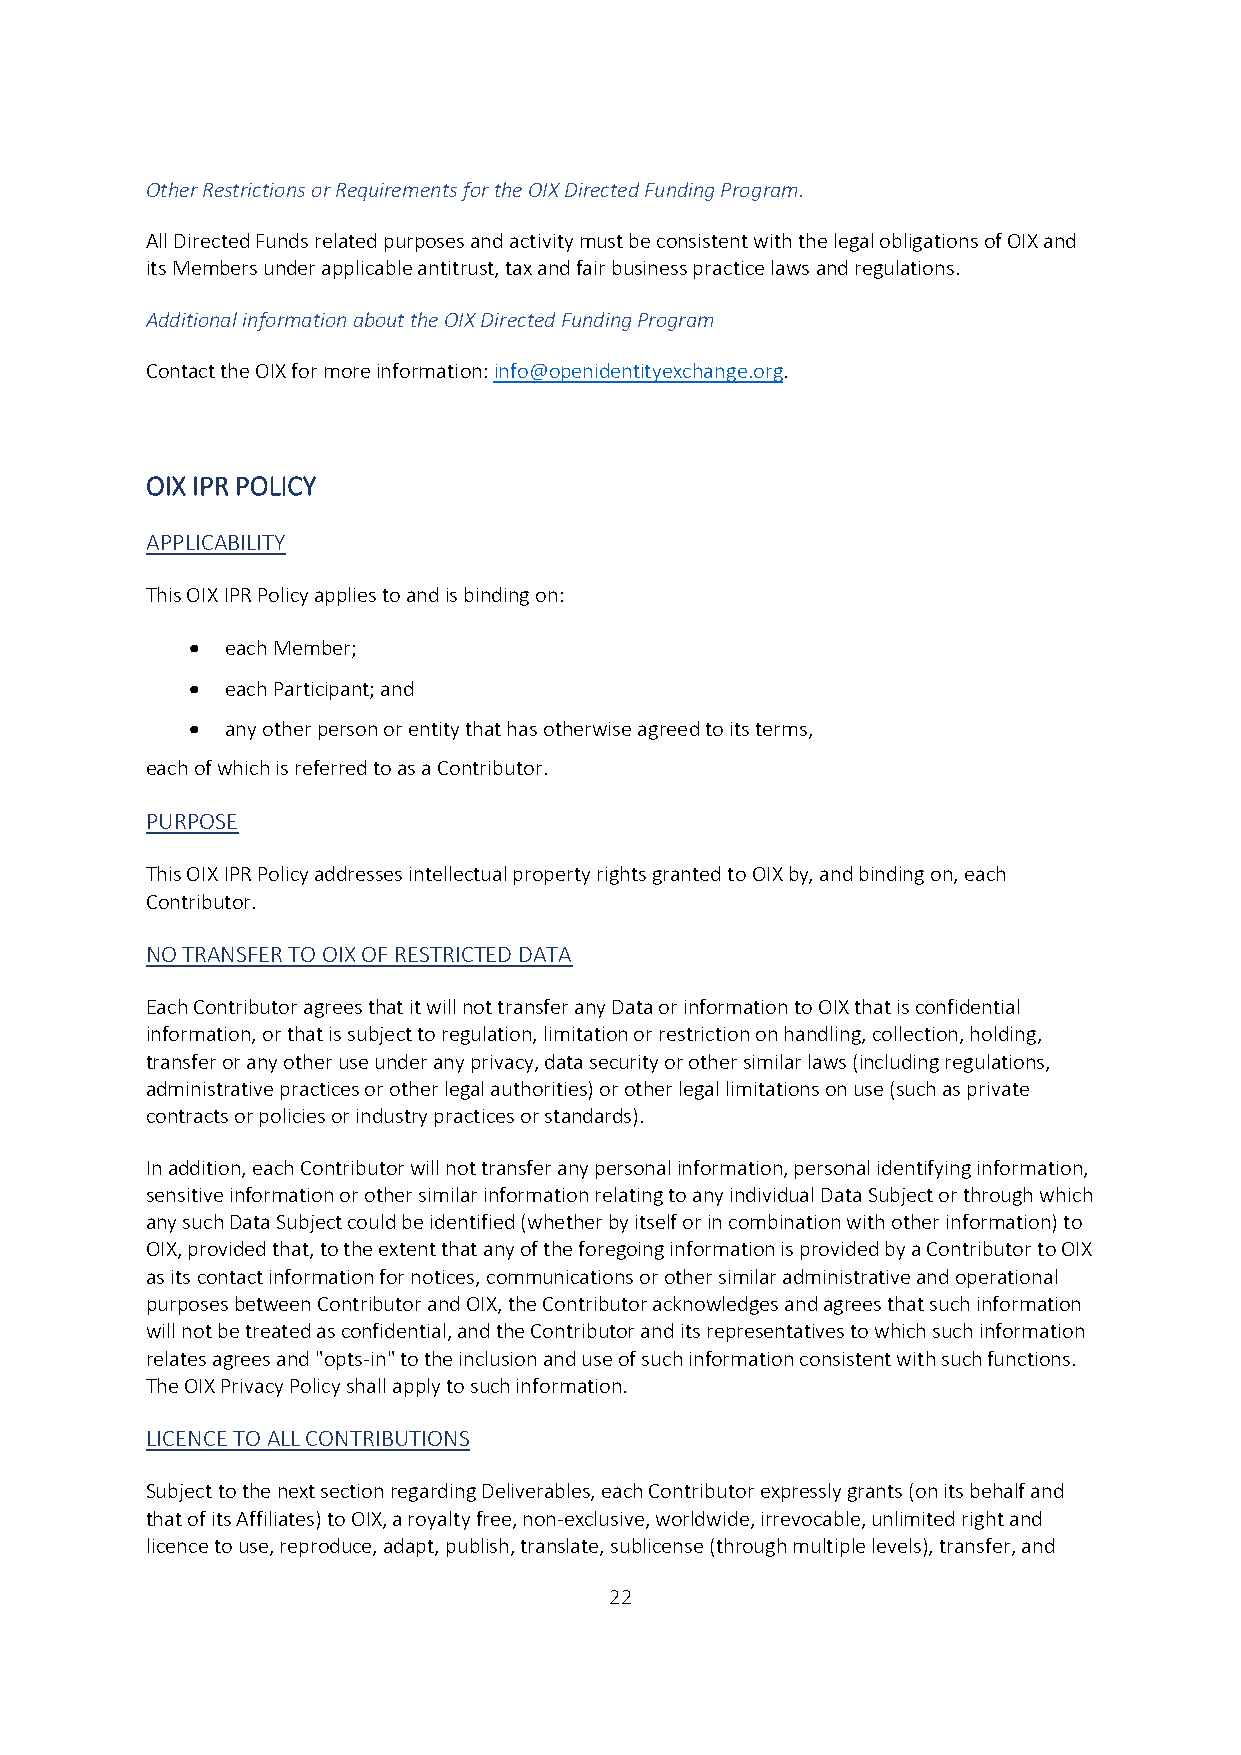
Other Restrictions or Requirements for the OIX Directed Funding Program.
 All Directed Funds related purposes and activity must be consistent with the legal obligations of OIX and
 its Members under applicable antitrust, tax and fair business practice laws and regulations.
 Additional information about the OIX Directed Funding Program
 Contact the OIX for more information: info@openidentityexchange.org.
 OIX IPR POLICY
 APPLICABILITY
 This OIX IPR Policy applies to and is binding on:
  each Member;
  each Participant; and
  any other person or entity that has otherwise agreed to its terms,
 each of which is referred to as a Contributor.
 PURPOSE
 This OIX IPR Policy addresses intellectual property rights granted to OIX by, and binding on, each
 Contributor.
 NO TRANSFER TO OIX OF RESTRICTED DATA
 Each Contributor agrees that it will not transfer any Data or information to OIX that is confidential
 information, or that is subject to regulation, limitation or restriction on handling, collection, holding,
 transfer or any other use under any privacy, data security or other similar laws (including regulations,
 administrative practices or other legal authorities) or other legal limitations on use (such as private
 contracts or policies or industry practices or standards).
 In addition, each Contributor will not transfer any personal information, personal identifying information,
 sensitive information or other similar information relating to any individual Data Subject or through which
 any such Data Subject could be identified (whether by itself or in combination with other information) to
 OIX, provided that, to the extent that any of the foregoing information is provided by a Contributor to OIX
 as its contact information for notices, communications or other similar administrative and operational
 purposes between Contributor and OIX, the Contributor acknowledges and agrees that such information
 will not be treated as confidential, and the Contributor and its representatives to which such information
 relates agrees and "opts-in" to the inclusion and use of such information consistent with such functions.
 The OIX Privacy Policy shall apply to such information.
 LICENCE TO ALL CONTRIBUTIONS
 Subject to the next section regarding Deliverables, each Contributor expressly grants (on its behalf and
 that of its Affiliates) to OIX, a royalty free, non-exclusive, worldwide, irrevocable, unlimited right and
 licence to use, reproduce, adapt, publish, translate, sublicense (through multiple levels), transfer, and
 22